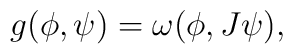
g(\phi,\psi)=\omega(\phi,J\psi),